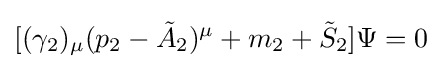
[(\gamma _{2})_{\mu }(p_{2}-{\tilde {A}}_{2})^{\mu }+m_{2}+{\tilde {S}}_{2}]\Psi =0